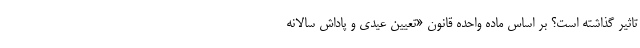
تاثیر گذاشته است؟ بر اساس ماده واحده قانون «تعیین عیدی و پاداش سالانه